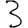
Digit: 3